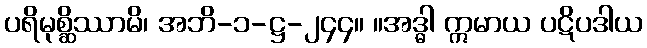
ပရိမုစ္ဆိဿာမိ၊ အဘိ-၁-ဋ္ဌ-၂၄၄။ ။အဒ္ဓါ ဣမာယ ပဋိပဒါယ